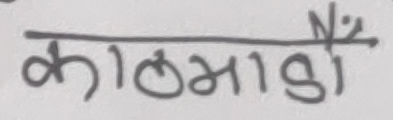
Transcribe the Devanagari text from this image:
काल्भाडीँ